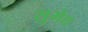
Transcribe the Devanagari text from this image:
सुभेद्य